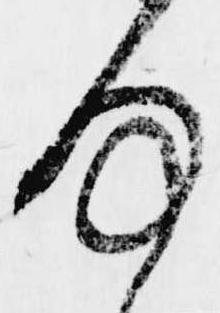
何